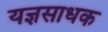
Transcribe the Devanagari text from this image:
यज्ञसाधक